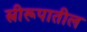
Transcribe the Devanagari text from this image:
स्त्रीरूपातील